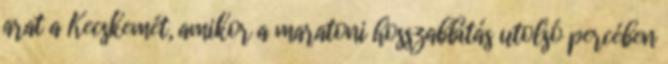
arat a Kecskemét, amikor a maratoni hosszabbítás utolsó percében